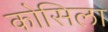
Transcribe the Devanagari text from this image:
कोसिला